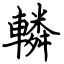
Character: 轔